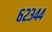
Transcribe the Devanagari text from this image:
६२३४४